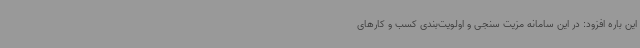
این باره افزود: در این سامانه مزیت سنجی و اولویت‌بندی کسب‌ و کارهای